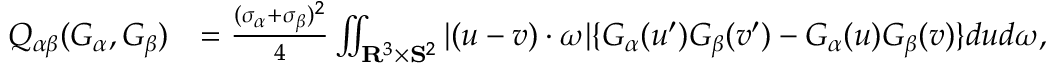
\begin{array} { r l } { Q _ { \alpha \beta } ( G _ { \alpha } , G _ { \beta } ) } & { = \frac { ( \sigma _ { \alpha } + \sigma _ { \beta } ) ^ { 2 } } { 4 } \iint _ { \mathbf R ^ { 3 } \times \mathbf S ^ { 2 } } | ( u - v ) \cdot \omega | \{ G _ { \alpha } ( u ^ { \prime } ) G _ { \beta } ( v ^ { \prime } ) - G _ { \alpha } ( u ) G _ { \beta } ( v ) \} d u d \omega , } \end{array}